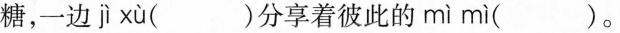
糖，一边 jì xù ( )分享着彼此的 mì mì ( )。